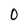
Character: 0